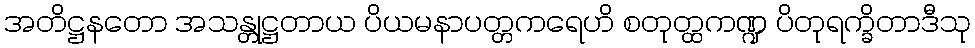
အတိဋ္ဌနတော အသန္တုဋ္ဌတာယ ပိယမနာပတ္တကရေဟိ စတုတ္ထကဏ္ဍ ပိတုရက္ခိတာဒီသု